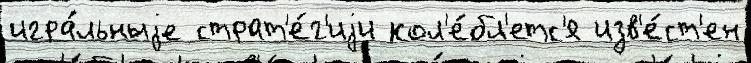
игра́льныjе страт'е́г'иjи кол'е́бл'етс'я изв'е́ст'ен